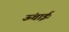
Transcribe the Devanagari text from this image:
ऊंचाईः